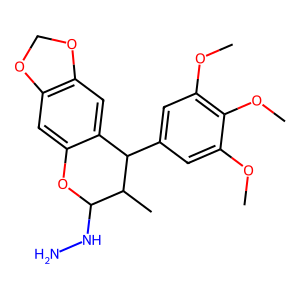
SMILES: COc1cc(C2c3cc4c(cc3OC(NN)C2C)OCO4)cc(OC)c1OC
Inhibits HIV replication: No